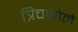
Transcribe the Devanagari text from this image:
त्रिचज़ोले